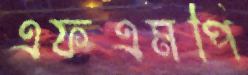
এফএমপি